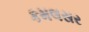
કમલસર